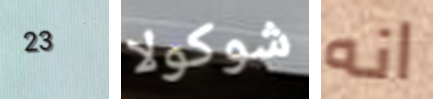
23 شوكولا انه